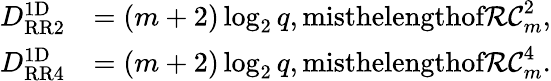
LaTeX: \begin{array}{rl}{D_{\textup{RR2}}^{\textup{1D}}}&{=(m+2)\log_{2}q,\textup{misthelengthof}\mathcal{RC}_{m}^{2},}\\ {D_{\textup{RR4}}^{\textup{1D}}}&{=(m+2)\log_{2}q,\textup{misthelengthof}\mathcal{RC}_{m}^{4}.}\end{array}